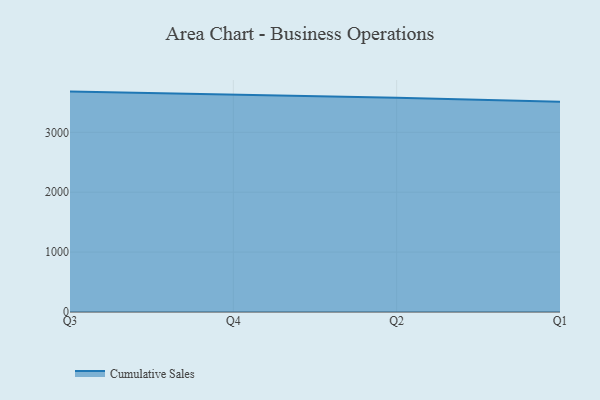
{"axis": {"x": "Quarter", "y": "Shipments"}, "legend": ["Cumulative Sales"], "data": [{"x": "Q3", "y": 3679.5, "type": "Cumulative Sales"}, {"x": "Q4", "y": 3628.1, "type": "Cumulative Sales"}, {"x": "Q2", "y": 3577.7, "type": "Cumulative Sales"}, {"x": "Q1", "y": 3511.7, "type": "Cumulative Sales"}]}